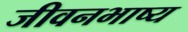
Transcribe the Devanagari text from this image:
जीवनभाष्य